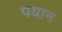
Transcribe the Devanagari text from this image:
पयान